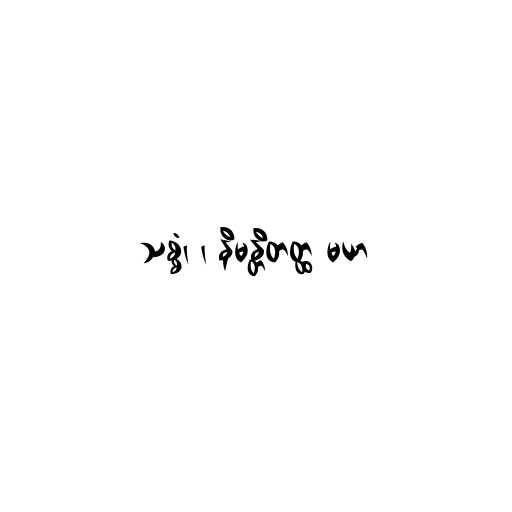
သစ္စံ၊ ၊ နိမန္တိတတ္ထ မယာ